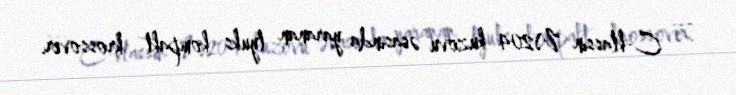
— C-klassın W204 kuzovu əsasında yaranan lyuks kompakt krossover.